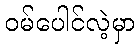
ဝမ်ပေါင်လဲ့မှာ